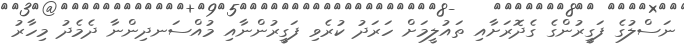
ނަސްލުގެ ފަގީރުންގެ ގެދޮރަށާއި ތައުލީމަށް ހަރަދު ކުރެވި ފަގީރުންނާއި މުއްސަނދިންނާ ދެމެދު މިހާރު